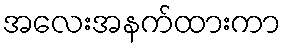
အလေးအနက်ထားကာ